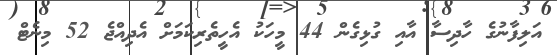
އަލިފާނުގެ ހާދިސާ އާއި ގުޅިގެން 44 މީހަކު އެހީތެރިކަމަށް އެދިއްޖެ 52 މިނެޓް